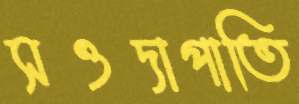
সওদাপাতি